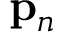
{ \bf p } _ { n }